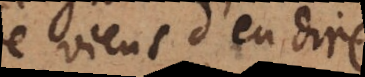
je viens d’en dire